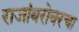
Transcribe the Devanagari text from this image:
राजांबरोबरचा